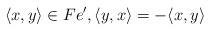
LaTeX: \begin{align*} \langle x, y \rangle \in F e', \langle y, x \rangle = - \langle x, y \rangle\end{align*}